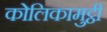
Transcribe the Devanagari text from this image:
कोलिकामुट्ठी